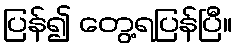
ပြန်၍ တွေ့ရပြန်ပြီ။